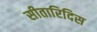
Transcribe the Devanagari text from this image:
सीतारिदिस